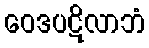
ဝေဒပဋိလာဘံ